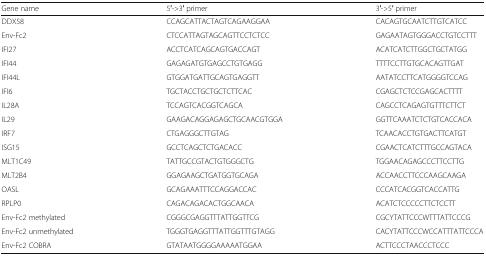
<table><thead><tr><td><b>Gene name</b></td><td><b>5′-&gt;3′ primer</b></td><td><b>3′-&gt;5′ primer</b></td></tr></thead><tbody><tr><td>DDX58</td><td>CCAGCATTACTAGTCAGAAGGAA</td><td>CACAGTGCAATCTTGTCATCC</td></tr><tr><td>Env-Fc2</td><td>CTCCATTAGTAGCAGTTCCTCTCC</td><td>GAGAATAGTGGGACCTGTCCTTT</td></tr><tr><td>IFI27</td><td>ACCTCATCAGCAGTGACCAGT</td><td>ACATCATCTTGGCTGCTATGG</td></tr><tr><td>IFI44</td><td>GAGAGATGTGAGCCTGTGAGG</td><td>TTTTCCTTGTGCACAGTTGAT</td></tr><tr><td>IFI44L</td><td>GTGGATGATTGCAGTGAGGTT</td><td>AATATCCTTCATGGGGTCCAG</td></tr><tr><td>IFI6</td><td>TGCTACCTGCTGCTCTTCAC</td><td>CGAGCTCTCCGAGCACTTTT</td></tr><tr><td>IL28A</td><td>TCCAGTCACGGTCAGCA</td><td>CAGCCTCAGAGTGTTTCTTCT</td></tr><tr><td>IL29</td><td>GAAGACAGGAGAGCTGCAACGTGGA</td><td>GGTTCAAATCTCTGTCACCACA</td></tr><tr><td>IRF7</td><td>CTGAGGGCTTGTAG</td><td>TCAACACCTGTGACTTCATGT</td></tr><tr><td>ISG15</td><td>GCCTCAGCTCTGACACC</td><td>CGAACTCATCTTTGCCAGTACA</td></tr><tr><td>MLT1C49</td><td>TATTGCCGTACTGTGGGCTG</td><td>TGGAACAGAGCCCTTCCTTG</td></tr><tr><td>MLT2B4</td><td>GGAGAAGCTGATGGTGCAGA</td><td>ACCAACCTTCCCAAGCAAGA</td></tr><tr><td>OASL</td><td>GCAGAAATTTCCAGGACCAC</td><td>CCCATCACGGTCACCATTG</td></tr><tr><td>RPLP0</td><td>CAGACAGACACTGGCAACA</td><td>ACATCTCCCCCTTCTCCTT</td></tr><tr><td>Env-Fc2 methylated</td><td>CGGGCGAGGTTTATTGGTTCG</td><td>CGCYTATTCCCWTTTATTCCCG</td></tr><tr><td>Env-Fc2 unmethylated</td><td>TGGGTGAGGTTTATTGGTTTGTAGG</td><td>CACYTATTCCCWCCATTTATTCCCA</td></tr><tr><td>Env-Fc2 COBRA</td><td>GTATAATGGGGAAAAATGGAA</td><td>ACTTCCCTAACCCTCCC</td></tr></tbody></table>